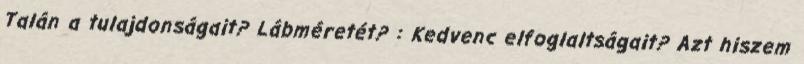
Talán a tulajdonságait? Lábméretét? : Kedvenc elfoglaltságait? Azt hiszem